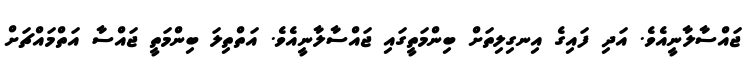
ޖައްސާލާނީއެވެ. އަދި ފައިގެ އިނގިލިތަށް ބިންމަތީގައި ޖައްސާލާނީއެވެ. އަތްތިލަ ބިންމަތީ ޖައްސާ އަތްމައްޗަށް